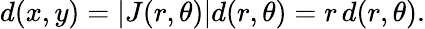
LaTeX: d(x,y)=|J(r,\theta)|d(r,\theta)=r\, d(r,\theta).